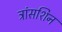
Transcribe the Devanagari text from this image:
ट्रांसशिन